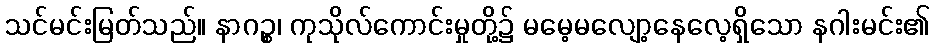
သင်မင်းမြတ်သည်။ နာဂဉ္စ၊ ကုသိုလ်ကောင်းမှုတို့၌ မမေ့မလျော့နေလေ့ရှိသော နဂါးမင်း၏